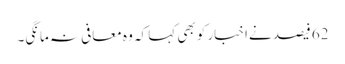
62 فیصد نےاخبار کو بھی کہا کہ وہ معافی نہ مانگی۔